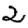
Digit: 2